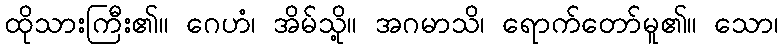
ထိုသားကြီး၏။ ဂေဟံ၊ အိမ်သို့။ အဂမာသိ၊ ရောက်တော်မူ၏။ သော၊